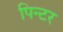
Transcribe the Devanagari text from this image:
पिन्टर